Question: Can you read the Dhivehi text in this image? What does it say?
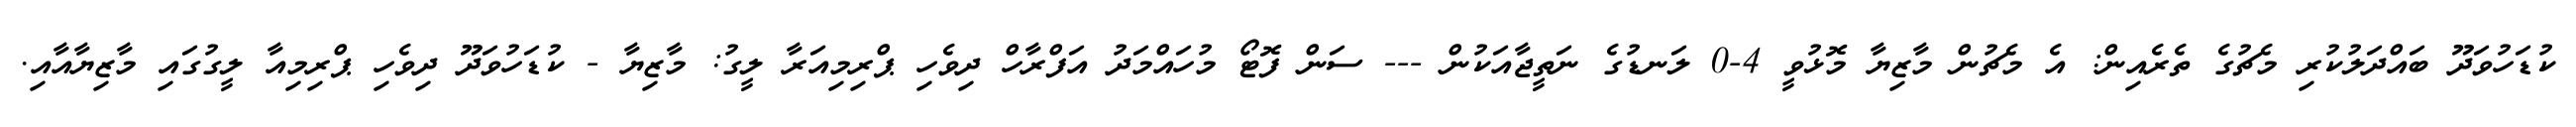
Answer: ކުޑަހުވަދޫ ބައްދަލުކުރި މެޗުގެ ތެރެއިން: އެ މެޗުން މާޒިޔާ މޮޅުވީ 4-0 ލަނޑުގެ ނަތީޖާއަކުން --- ސަން ފޮޓޯ މުހައްމަދު އަފްރާހް ދިވެހި ޕްރިމިއަރާ ލީގު: މާޒިޔާ - ކުޑަހުވަދޫ ދިވެހި ޕްރިމިއާ ލީގުގައި މާޒިޔާއާއި.